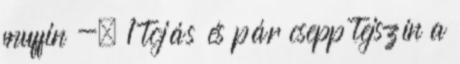
muffin -. 1 tojás és pár csepp tejszín a